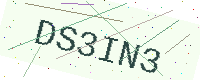
Text: DS3IN3